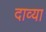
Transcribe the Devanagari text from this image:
दाव्या